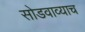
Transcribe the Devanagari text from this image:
सोडवाव्याच